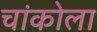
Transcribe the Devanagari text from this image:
चांकोला